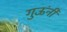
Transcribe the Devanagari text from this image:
गुऊंनी